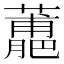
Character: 𧁳